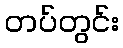
တပ်တွင်း